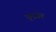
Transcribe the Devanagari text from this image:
छुद्रग्रह